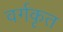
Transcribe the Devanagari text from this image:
वर्गकृत